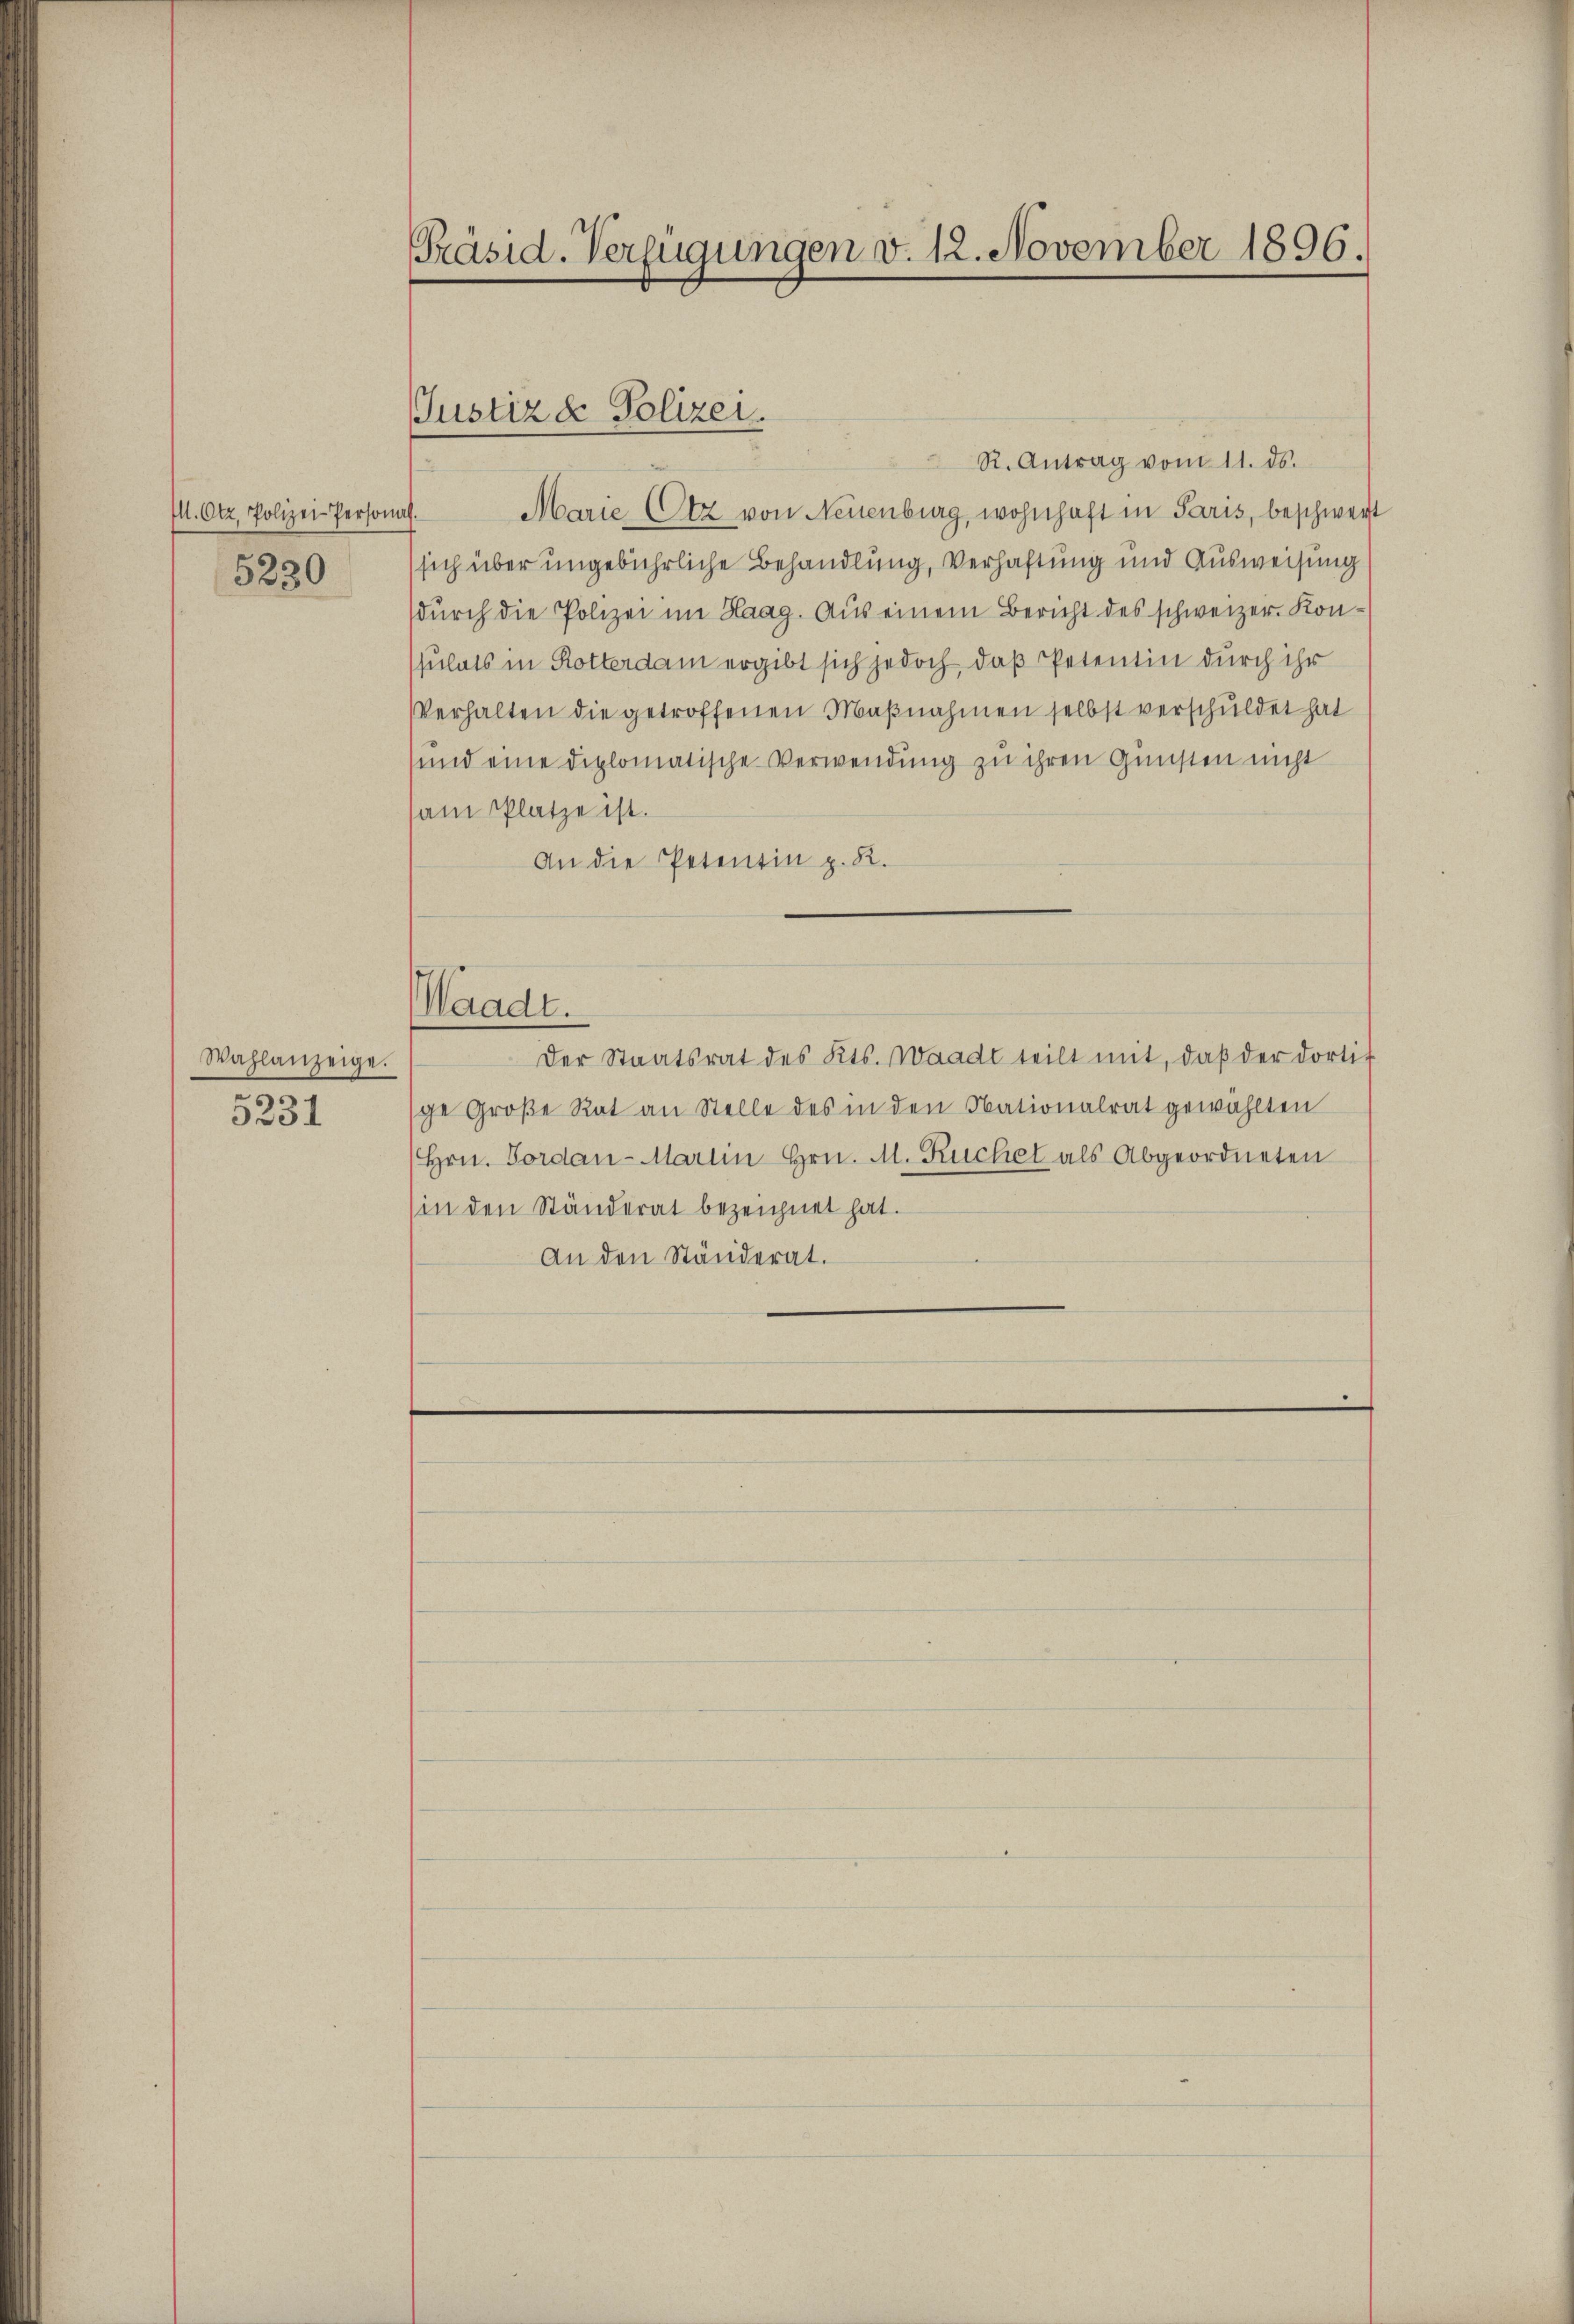
M. Otz. Polizei-Personal-
5230

Wahlanzeige.
)
3231

Präsid. Verfügungen v. 12. November 1896.

Justiz & Polizei.

Marie (Otz von Neuenburg, wohnhaft in Paris, beschwer
sich über ungebührliche Behandlung, Verhaftung und Ausweisung
durch die Polizei im Haag. Aus einem Bericht des schweizer. Konsulats in Rotterdam ergibt sich jedoch, daß Petentin durch ihr
Verhalten die getroffenen Maßnahmen selbst verschuldet hat
sund eine diplomatische Verwendung zu ihren Gunsten nicht
am Platze ist.
An die Petentin z. R.
Waadt.
Der Staatsrat des Kts. Waadt teilt mit, daβ der dorti-
ge Große Rat an Stelle des in den Nationalrat gewählten
Hrn. Fordan-Martin Hrn. M. Ruchel als Abgeordneten
(in den Ständerat bezeichnet hat.
An den Ständerat.

R. Antrag vom 11. ds.